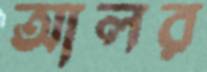
আলর